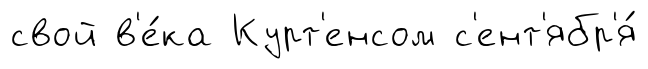
свой в'е́ка Курт'енсом с'ент'ябр'я́